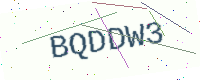
Text: BQDDW3